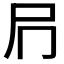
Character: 𭕔